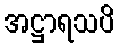
အဋ္ဌာရသပိ